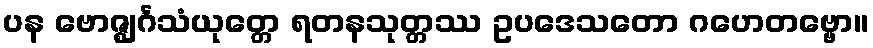
ပန ဗောဇ္ဈင်္ဂသံယုတ္တေ ရတနသုတ္တဿ ဥပဒေသတော ဂဟေတဗ္ဗော။